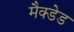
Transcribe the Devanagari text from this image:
मैक्डेड